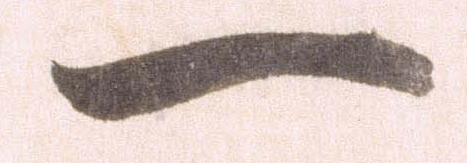
一